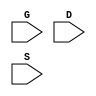
`timescale 1ns/1ps
`celldefine
module NMT2 (G, D, S);
input G;
input D;
input S;



endmodule
`endcelldefine